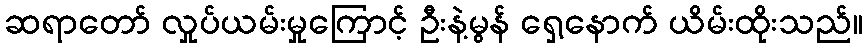
ဆရာတော် လှုပ်ယမ်းမှုကြောင့် ဦးနဲ့မွန် ရှေ့နောက် ယိမ်းထိုးသည်။